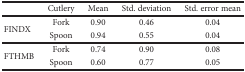
<table><thead><tr><td></td><td><b>Cutlery</b></td><td><b>Mean</b></td><td><b>Std. deviation</b></td><td><b>Std. error mean</b></td></tr></thead><tbody><tr><td rowspan="2">FINDX</td><td>Fork</td><td>0.90</td><td>0.46</td><td>0.04</td></tr><tr><td>Spoon</td><td>0.94</td><td>0.55</td><td>0.04</td></tr><tr><td rowspan="2">FTHMB</td><td>Fork</td><td>0.74</td><td>0.90</td><td>0.08</td></tr><tr><td>Spoon</td><td>0.60</td><td>0.77</td><td>0.05</td></tr></tbody></table>